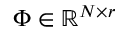
\Phi \in \mathbb { R } ^ { N \times r }